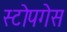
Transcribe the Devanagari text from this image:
स्टोपगेस